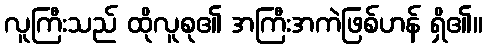
လူကြီးသည် ထိုလူစု၏ အကြီးအကဲဖြစ်ဟန် ရှိ၏။